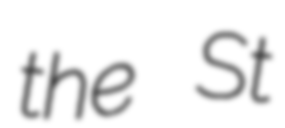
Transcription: the St